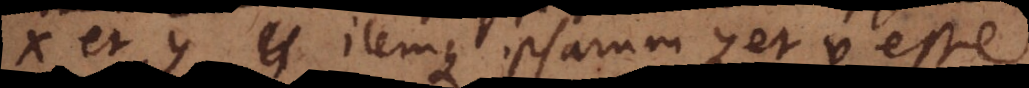
x et y itemque ipsarum z et v esse